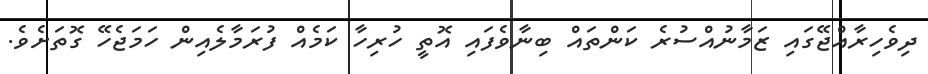
ދިވެހިރާއްޖޭގައި ޒަމާނުއްސުރެ ކަންތައް ބިނާވެފައި އޮތީ ހުރިހާ ކަމެއް ފުރަމާލެއިން ހަމަޖެހޭ ގޮތަށެވެ.